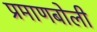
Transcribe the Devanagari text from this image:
प्रमाणबोली